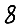
Digit: 8